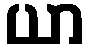
ယာ